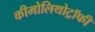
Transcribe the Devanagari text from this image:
कीमोलिथोट्रॉफी